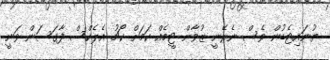
ޔުނައިޓެޑުން ވެސް ނެރޭނީ ޒުވާން ޓީމެއް ކަމަށް ކޯޗު އެލެކްސް ފާގަސަން ވަނީ